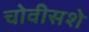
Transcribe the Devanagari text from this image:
चोवीसशे